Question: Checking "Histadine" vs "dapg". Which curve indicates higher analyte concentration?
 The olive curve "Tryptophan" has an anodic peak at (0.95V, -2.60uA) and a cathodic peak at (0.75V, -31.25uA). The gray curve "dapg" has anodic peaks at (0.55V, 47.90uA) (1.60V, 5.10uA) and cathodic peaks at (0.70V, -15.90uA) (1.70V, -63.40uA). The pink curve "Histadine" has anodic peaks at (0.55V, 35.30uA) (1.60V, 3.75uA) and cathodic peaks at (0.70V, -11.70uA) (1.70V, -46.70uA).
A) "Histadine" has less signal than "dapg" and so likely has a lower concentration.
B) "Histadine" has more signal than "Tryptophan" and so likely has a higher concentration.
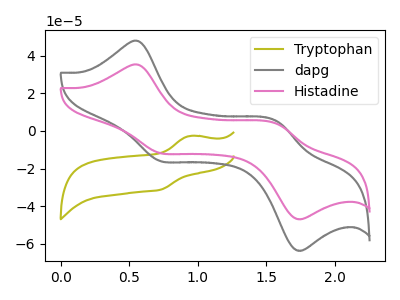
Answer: <think>All the peaks in "Histadine" have a peak in "dapg" at the same potential. Every peak in "Histadine" is lower than every peak in "dapg".
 </think>
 <answer>A) "Histadine" has less signal than "dapg" and so likely has a lower concentration.</answer>
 <eval>A</eval>